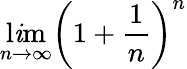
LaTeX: \operatorname*{l\mathit{i}m}_{n\to\infty}\left(1+{\frac{{1}}{{n}}}\right)^{n}